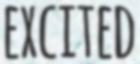
EXCITED